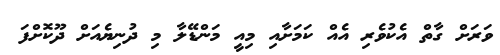
ވަރަށް ގާތް އެކުވެރި އެއް ކަމަށާއި މިއީ މަންޑޭލާ މި ދުނިޔެއަށް ދޫކޮށްފަ